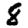
Digit: 8